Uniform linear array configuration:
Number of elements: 64
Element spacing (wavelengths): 0.5
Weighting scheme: hann
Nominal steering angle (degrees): -60
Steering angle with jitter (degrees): -60.735
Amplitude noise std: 0.05
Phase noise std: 0.05

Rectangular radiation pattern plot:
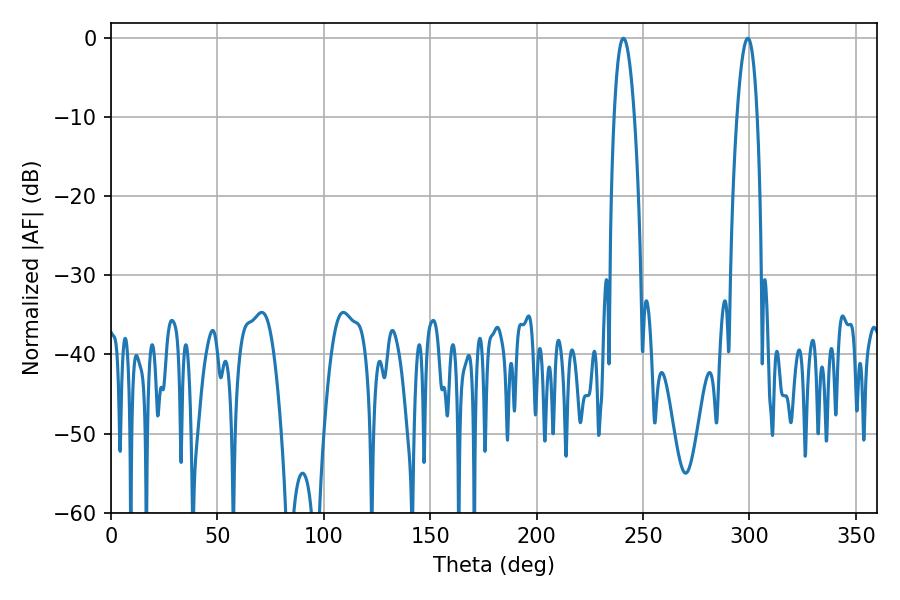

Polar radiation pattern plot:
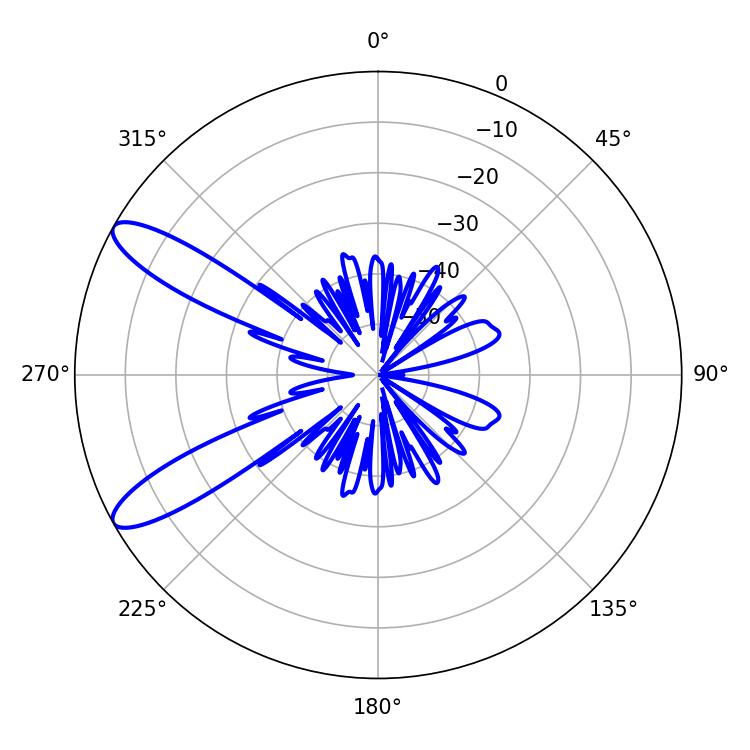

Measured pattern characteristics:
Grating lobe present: FALSE
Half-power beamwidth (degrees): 5.22
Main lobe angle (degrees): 299.16